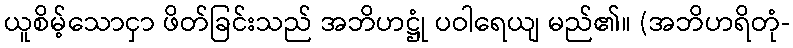
ယူစိမ့်သောငှာ ဖိတ်ခြင်းသည် အဘိဟဋ္ဌုံ ပဝါရေယျ မည်၏။ (အဘိဟရိတုံ-